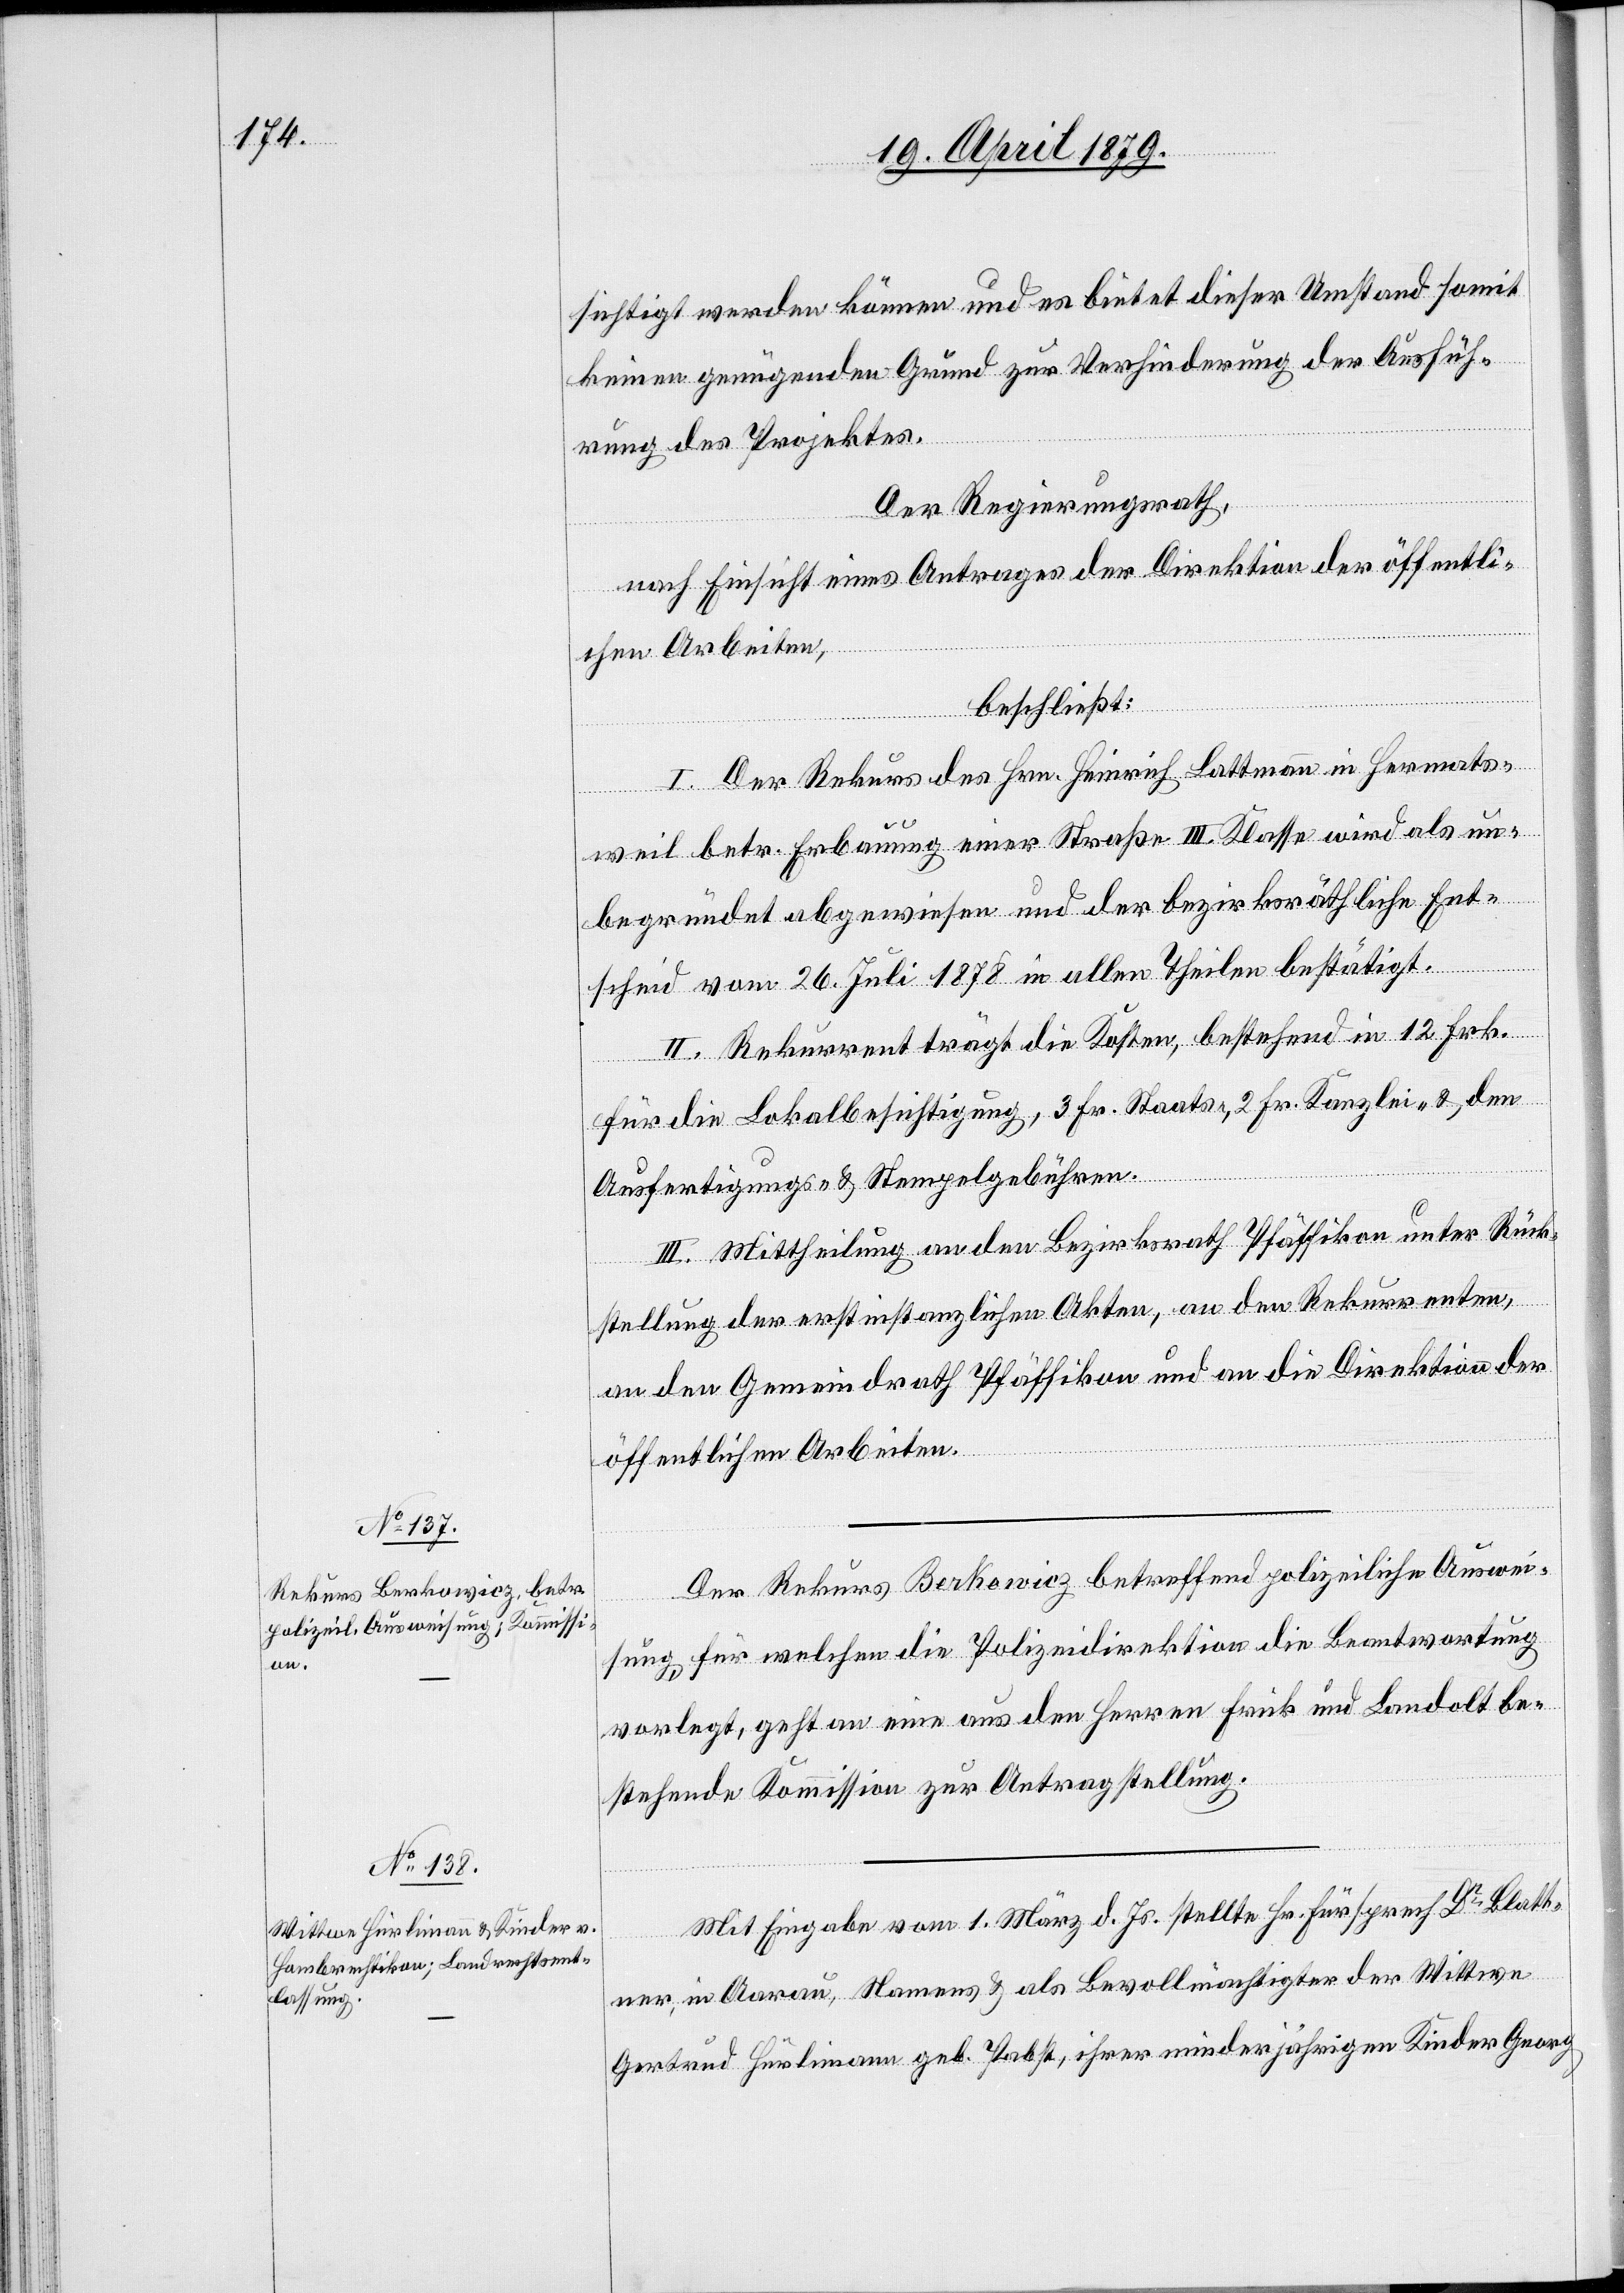
sichtigt werden können und es bietet dieser Umstand somit
keinen genügenden Grund zur Verhinderung der Ausfüh¬
rung des Projektes.
Der Regierungsrath,
nach Einsicht eines Antrages der Direktion der öffentli¬
chen Arbeiten,
beschließt:
I. Der Rekurs des Hrn. Heinrich Lattmann in Hermats¬
weil betr. Erbauung einer Straße III. Klasse wird als un¬
begründet abgewiesen und der bezirksräthliche Ent¬
scheid vom 26. Juli 1878 in allen Theilen bestätigt.
II. Rekurrent trägt die Kosten, bestehend in 12 Frk.
für die Lokalbesichtigung, 3 Fr. Staats-, 2 Fr. Kanzlei- & den
Ausfertigungs- & Stempelgebühren.
III. Mittheilung an den Bezirksrath Pfäffikon unter Rück¬
stellung der erstinstanzlichen Akten, an den Rekurrenten,
an den Gemeindrath Pfäffikon und an die Direktion der
öffentlichen Arbeiten.
Der Rekurs Berkowicz betreffend polizeiliche Auswei¬
sung, für welchen die Polizeidirektion die Beantwortung
vorlegt, geht an eine aus den Herren Frick und Landolt be¬
stehende Kommission zur Antragstellung.
Mit Eingabe vom 1. März d. Js. stellte Hr. Fürsprech Dr Blatt¬
ner, in Aarau, Namens & als Bevollmächtigter der Wittwe
Gertrud Hürlimann geb. Pabst, ihrer minderjährigen Kinder Georg